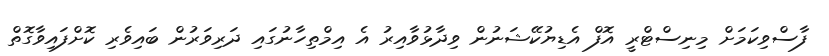
ފާސްވިކަމަށް މިނިސްޓްރީ އޮފް އެޑިޔުކޭޝަނުން ވިދާޅުވާއިރު އެ އިމްތިހާނުގައި ދަރިވަރުން ބައިވެރި ކޮށްފައިވާގޮތް